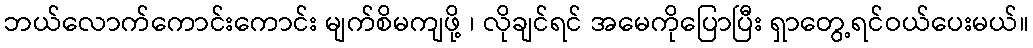
ဘယ်လောက်ကောင်းကောင်း မျက်စိမကျဖို့ ၊ လိုချင်ရင် အမေကိုပြောပြီး ရှာတွေ့ရင်ဝယ်ပေးမယ်။